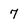
Character: 7